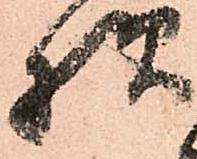
様